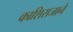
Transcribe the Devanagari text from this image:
काशिराजाने